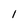
Character: l